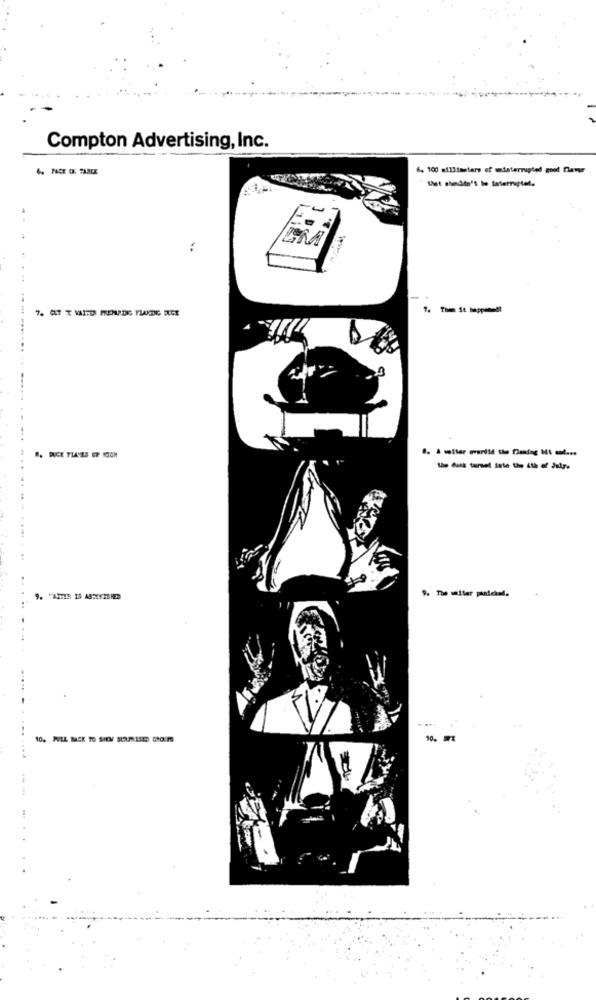
Compton Advertising, Inc.
6. 100 millimeters of uninterrupted goot flawer
1. Then it happened?
B. DUCE THALES UP HIGH
9. The waiter panicked.
...
....